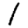
Digit: 1